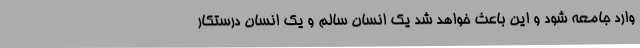
وارد جامعه شود و این باعث خواهد شد یک انسان سالم و یک انسان درستکار